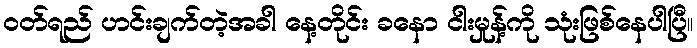
ဝတ်ရည် ဟင်းချက်တဲ့အခါ နေ့တိုင်း ခနော ငါးမှုန့်ကို သုံးဖြစ်နေပါပြီ။